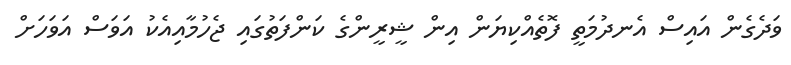
ވަދެގެން އައިސް އެނދުމަތީ ފޮތެއްކިޔަން އިން ޝީރީންގެ ކަންފަތުގައި ޖެހުމާއިއެކު އަވަސް އަވަހަށް